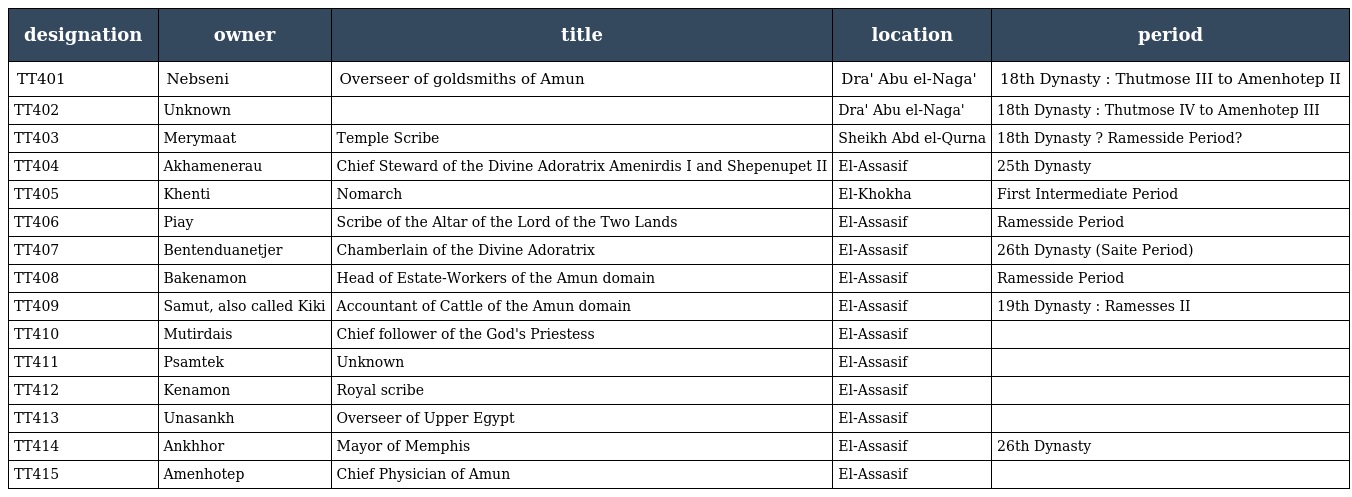
| designation | owner | title | location | period |
 | --- | --- | --- | --- | --- |
 | TT401 | Nebseni | Overseer of goldsmiths of Amun | Dra' Abu el-Naga' | 18th Dynasty : Thutmose III to Amenhotep II |
 | TT402 | Unknown |  | Dra' Abu el-Naga' | 18th Dynasty : Thutmose IV to Amenhotep III |
 | TT403 | Merymaat | Temple Scribe | Sheikh Abd el-Qurna | 18th Dynasty ? Ramesside Period? |
 | TT404 | Akhamenerau | Chief Steward of the Divine Adoratrix Amenirdis I and Shepenupet II | El-Assasif | 25th Dynasty |
 | TT405 | Khenti | Nomarch | El-Khokha | First Intermediate Period |
 | TT406 | Piay | Scribe of the Altar of the Lord of the Two Lands | El-Assasif | Ramesside Period |
 | TT407 | Bentenduanetjer | Chamberlain of the Divine Adoratrix | El-Assasif | 26th Dynasty (Saite Period) |
 | TT408 | Bakenamon | Head of Estate-Workers of the Amun domain | El-Assasif | Ramesside Period |
 | TT409 | Samut, also called Kiki | Accountant of Cattle of the Amun domain | El-Assasif | 19th Dynasty : Ramesses II |
 | TT410 | Mutirdais | Chief follower of the God's Priestess | El-Assasif |  |
 | TT411 | Psamtek | Unknown | El-Assasif |  |
 | TT412 | Kenamon | Royal scribe | El-Assasif |  |
 | TT413 | Unasankh | Overseer of Upper Egypt | El-Assasif |  |
 | TT414 | Ankhhor | Mayor of Memphis | El-Assasif | 26th Dynasty |
 | TT415 | Amenhotep | Chief Physician of Amun | El-Assasif |  |